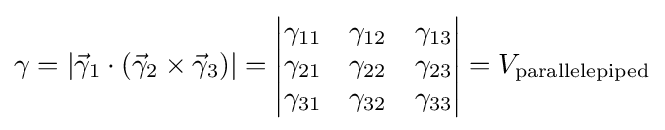
\gamma =|{\vec {\gamma }}_{1}\cdot ({\vec {\gamma }}_{2}\times {\vec {\gamma }}_{3})|={\begin{vmatrix}\gamma _{11}&\gamma _{12}&\gamma _{13}\\\gamma _{21}&\gamma _{22}&\gamma _{23}\\\gamma _{31}&\gamma _{32}&\gamma _{33}\end{vmatrix}}=V_{\text{parallelepiped}}